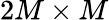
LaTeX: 2M\times M